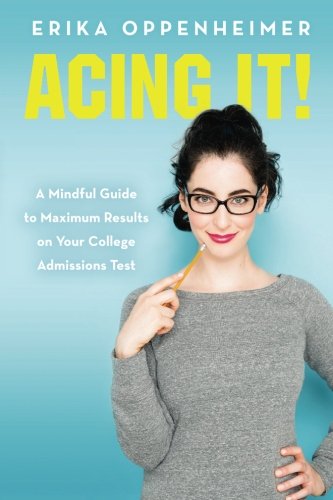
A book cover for Acing It!: A Mindful Guide to Maximum Results on Your College Admissions Test; Erika Oppenheimer; Test Preparation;